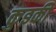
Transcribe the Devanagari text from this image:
कुइकी